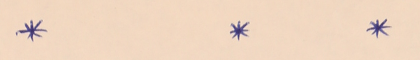
*		*		*